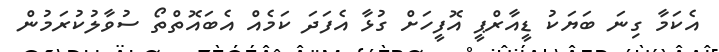
އެކަމާ ގިނަ ބަޔަކު ޑީއާރްޕީ އޮފީހަށް ގުޅާ އެފަދަ ކަމެއް އެބައޮތްތޯ ސުވާލުކުރަމުން